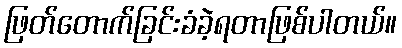
ဖြတ်တောက်ခြင်းခံခဲ့ရတာဖြစ်ပါတယ်။